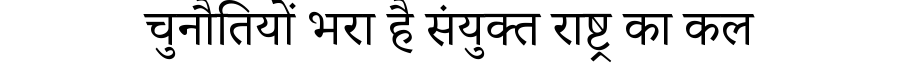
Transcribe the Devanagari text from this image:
चुनौतियों भरा है संयुक्त राष्ट्र का कल